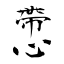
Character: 慸